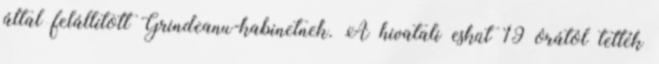
által felállított Grindeanu-kabinetnek. A hivatali esküt 19 órától tették